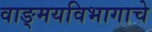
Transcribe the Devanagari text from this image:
वाङ्‌मयविभागाचे